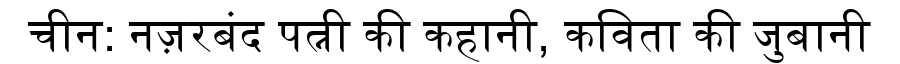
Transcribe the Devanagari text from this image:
चीन: नज़रबंद पत्नी की कहानी, कविता की जुबानी